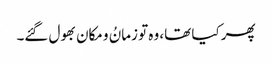
پھر کیا تھا، وہ تو زمانُ و مکان بھول گئے۔